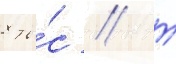
8 ты́с // Т